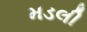
મડલી